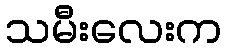
သမီးလေးက